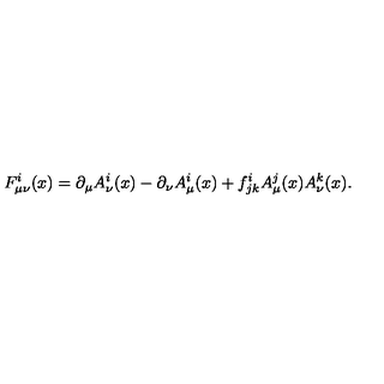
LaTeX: F _ { \mu \nu } ^ { i } ( x ) = \partial _ { \mu } A _ { \nu } ^ { i } ( x ) - \partial _ { \nu } A _ { \mu } ^ { i } ( x ) + f _ { j k } ^ { i } A _ { \mu } ^ { j } ( x ) A _ { \nu } ^ { k } ( x ) .